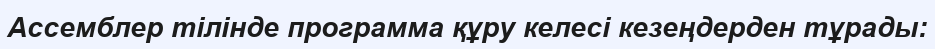
Ассемблер тілінде программа құру келесі кезеңдерден тұрады: